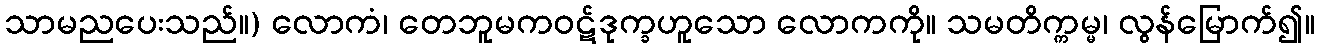
သာမညပေးသည်။) လောကံ၊ တေဘူမကဝဋ်ဒုက္ခဟူသော လောကကို။ သမတိက္ကမ္မ၊ လွန်မြောက်၍။